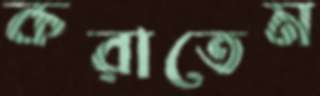
করাতেম